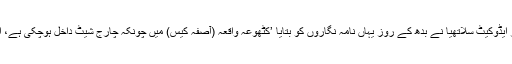
چوطرفہ تنقید کی زد میں آنے کے بعد بار ایسوسی ایشن صدر ایڈوکیٹ سلاتھیا نے بدھ کے روز یہاں نامہ نگاروں کو بتایا ’کٹھوعہ واقعہ (آصفہ کیس) میں چونکہ چارج شیٹ داخل ہوچکی ہے، اب ہم اس کیس کی لڑائی قانونی طور پر عدالت میں لڑیں گے۔